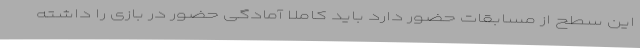
این سطح از مسابقات حضور دارد باید کاملا آمادگی حضور در بازی را داشته